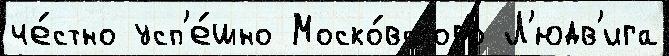
че́стно усп'е́шно Моско́вского Л'юдв'ига